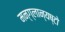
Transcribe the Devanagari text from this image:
मन्ग्लान्यष्टो